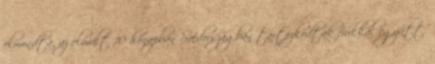
elmondta, az elmúlt 10 hónapban Svédországban tartózkodtak fiukkal együtt.